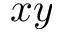
x y